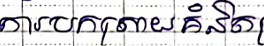
ការបកស្រាយគំនិត